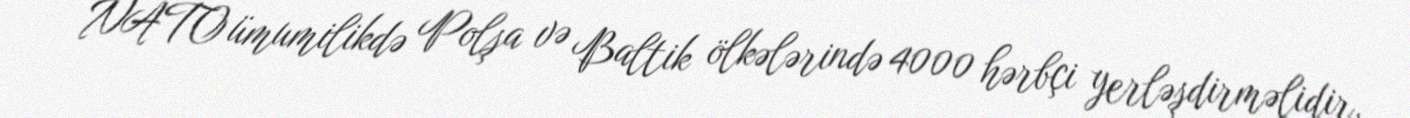
NATO ümumilikdə Polşa və Baltik ölkələrində 4000 hərbçi yerləşdirməlidir.